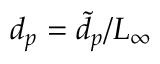
d _ { p } = { \tilde { d } _ { p } } / { L _ { \infty } }